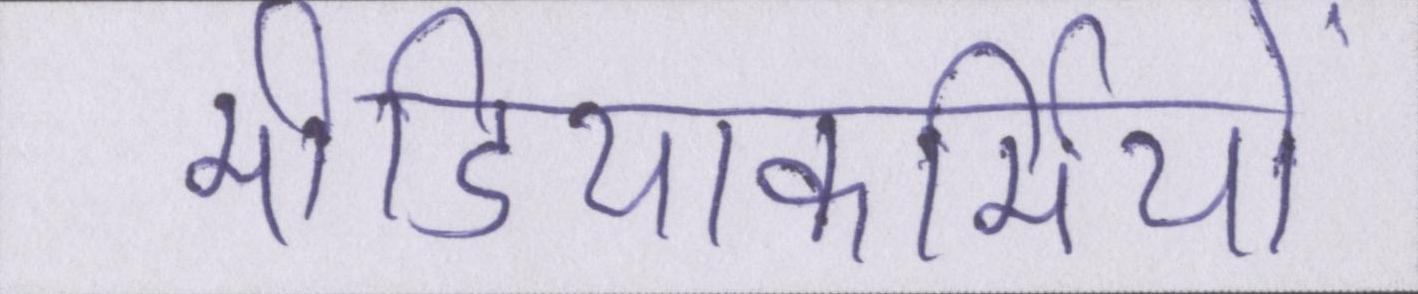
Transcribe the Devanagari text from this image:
मीडियाकर्मियों